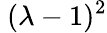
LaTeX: \ (\lambda-1)^{2}